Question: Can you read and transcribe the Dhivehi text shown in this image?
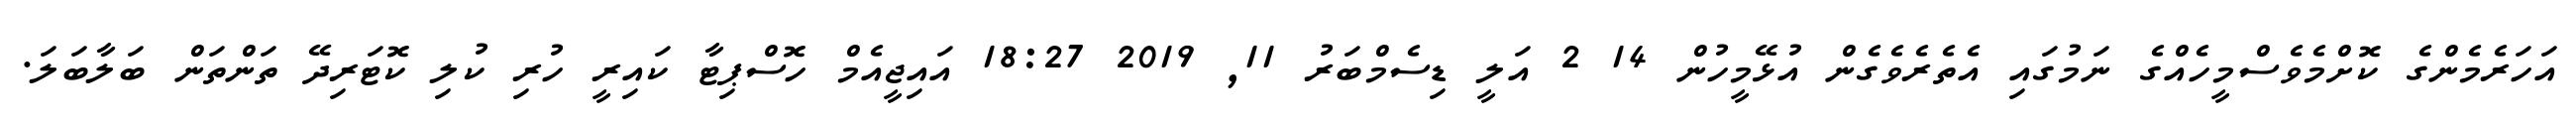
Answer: އަހަރެމެންގެ ކޮށްމެވެސްމީހެއްގެ ނަމުގައި އެތެރެވެގެން އުޅޭމީހުން 14 2 އަލީ ޑިސެމްބަރު 11, 2019 18:27 އައިޖީއެމް ހޮސްޕިޓާ ކައިރީ ހުރި ކުލި ކޮޓަރިދޭ ތަންތަން ބަލާބަލަ.